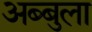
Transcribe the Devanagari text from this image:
अब्बुला